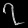
Digit: ၇